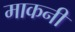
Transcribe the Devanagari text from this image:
माकनी